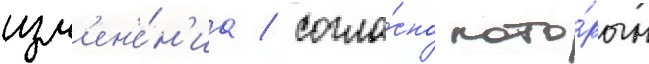
изм'ен'е́н'иа / согла́сно кото́рым